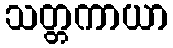
သတ္တကာယာ